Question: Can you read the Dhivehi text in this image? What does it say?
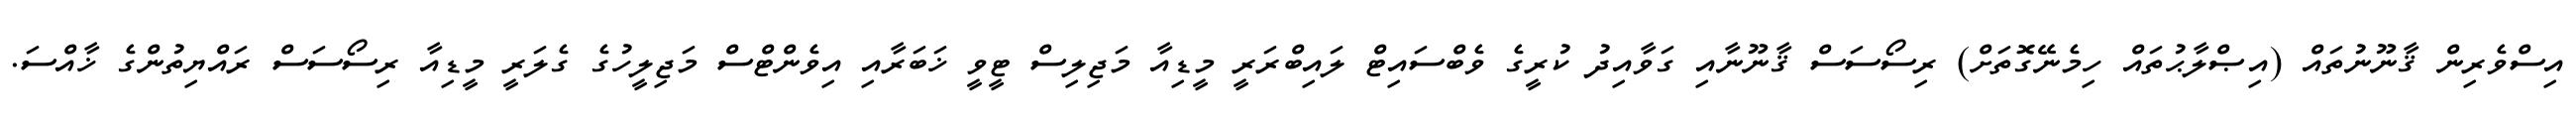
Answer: އިސްވެރިން ޤާނޫނުތައް (އިޞްލާޙުތައް ހިމެނޭގޮތަށް) ރިސޯސަސް ޤާނޫނާއި ގަވާއިދު ކުރީގެ ވެބްސައިޓް ލައިބްރަރީ މީޑިއާ މަޖިލިސް ޓީވީ ޚަބަރާއި އިވެންޓްސް މަޖިލީހުގެ ގެލަރީ މީޑިއާ ރިސޯސަސް ރައްޔިތުންގެ ޚާއްސަ.